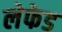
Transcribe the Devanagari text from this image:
लेफेड